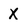
Character: X